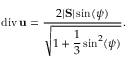
\mathrm { d i v } \, { \bf u } = \frac { 2 | \mathrm { \bf S } | \sin ( \psi ) } { \sqrt { 1 + \displaystyle \frac { 1 } { 3 } \sin ^ { 2 } ( \psi ) } } .